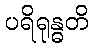
ပရိရုန္ဓတိ